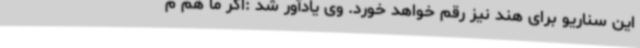
این سناریو برای هند نیز رقم خواهد خورد. وی یادآور شد :اگر ما هم م